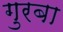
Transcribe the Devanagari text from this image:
गुरबा